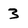
Character: 3